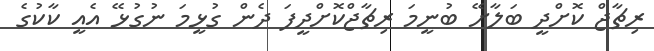
ރިޗާޖް ކޮށްދީ ބަލާށޭ ބުނީމަ ރިޗާޖްކޮށްދީފަ ދެން ގުޅީމަ ނުގުޅޭ އެއީ ކާކުގެ